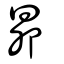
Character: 昴